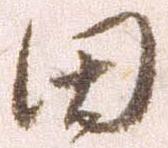
田